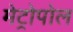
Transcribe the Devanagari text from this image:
मेट्रोपोल